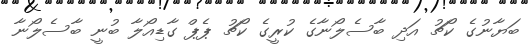
ބަޔާނުގެ ކޯޗު އަދި ބާސެލޯނާގެ ކުރީގެ ކޯޗު ޕެޕް ގާޑިއޯލާ ބުނީ ބާސެލޯނާ